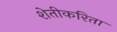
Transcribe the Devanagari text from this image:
शेतीकरिता